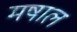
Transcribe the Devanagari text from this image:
मषाल